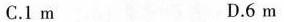
C.1 m D. 6 m